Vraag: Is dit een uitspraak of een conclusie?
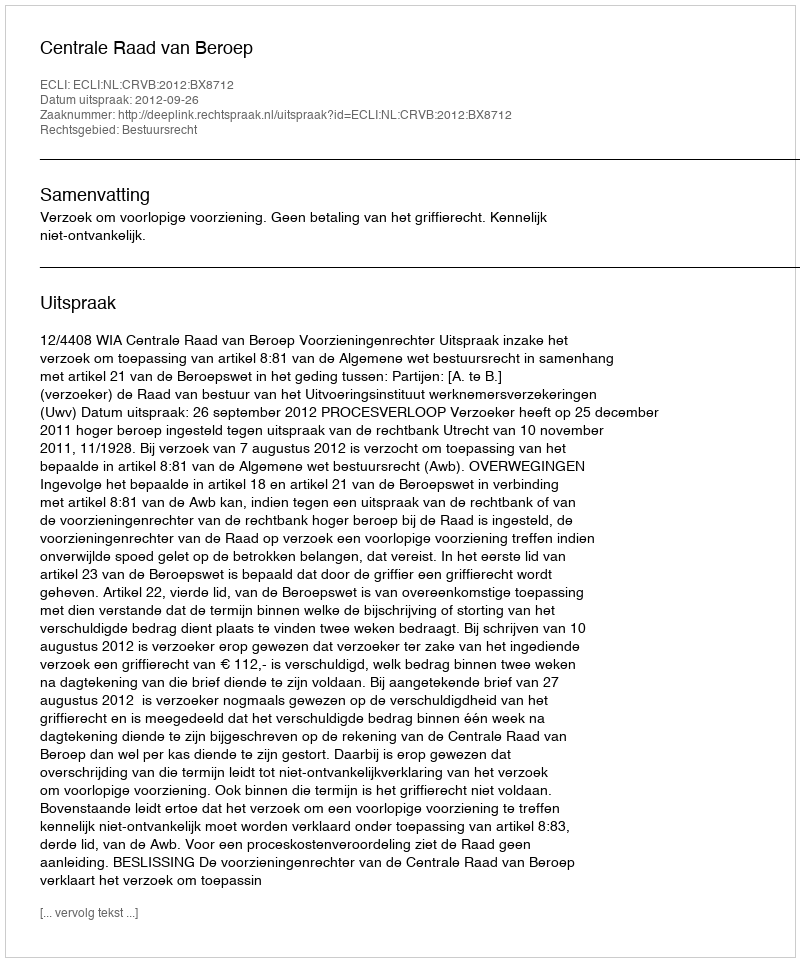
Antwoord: Uitspraak